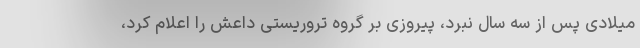
میلادی پس از سه سال نبرد، پیروزی بر گروه تروریستی داعش را اعلام کرد،